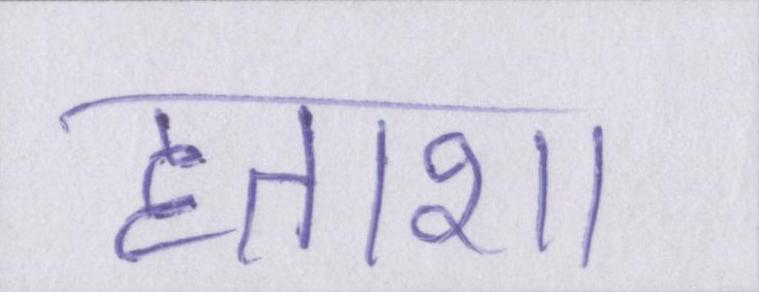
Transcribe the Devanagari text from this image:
हताशा